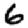
Digit: 6